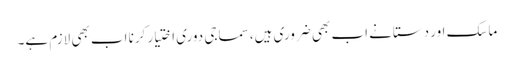
ماسک اور دستانے اب بھی ضروری ہیں، سماجی دوری اختیار کرنا اب بھی لازم ہے۔